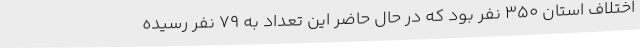
اختلاف استان 350 نفر بود که در حال حاضر این تعداد به 79 نفر رسیده